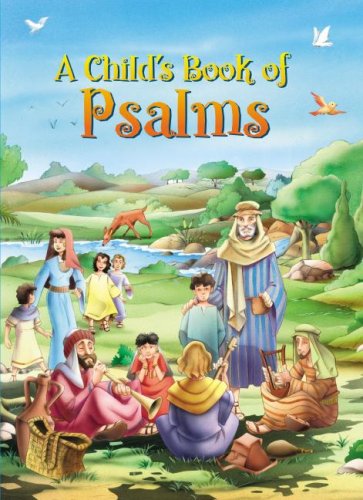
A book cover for A Child's Book of Psalms; Creations for Children International Bel; Christian Books & Bibles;